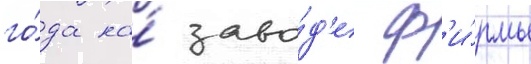
го́да на́ заво́д'е ф'и́рмы